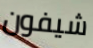
شيفون